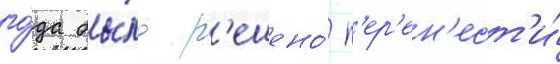
го́да бы́ло р'ешено́ п'ер'ен'ест'и́